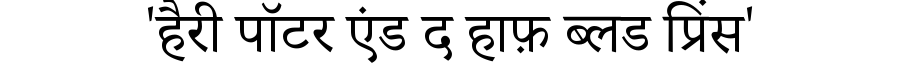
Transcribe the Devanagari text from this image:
'हैरी पॉटर एंड द हाफ़ ब्लड प्रिंस'